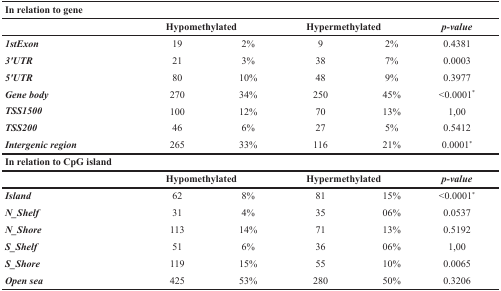
<table><thead><tr><td colspan="6"><b>In relation to gene</b></td></tr><tr><td></td><td colspan="2"><b>Hypomethylated</b></td><td colspan="2"><b>Hypermethylated</b></td><td><b><i>p-value</i></b></td></tr></thead><tbody><tr><td><b><i>1stExon</i></b></td><td>19</td><td>2%</td><td>9</td><td>2%</td><td>0.4381</td></tr><tr><td><b><i>3&#x27;UTR</i></b></td><td>21</td><td>3%</td><td>38</td><td>7%</td><td>0.0003</td></tr><tr><td><b><i>5&#x27;UTR</i></b></td><td>80</td><td>10%</td><td>48</td><td>9%</td><td>0.3977</td></tr><tr><td><b><i>Gene body</i></b></td><td>270</td><td>34%</td><td>250</td><td>45%</td><td>&lt;0.0001<sup>*</sup></td></tr><tr><td><b><i>TSS1500</i></b></td><td>100</td><td>12%</td><td>70</td><td>13%</td><td>1,00</td></tr><tr><td><b><i>TSS200</i></b></td><td>46</td><td>6%</td><td>27</td><td>5%</td><td>0.5412</td></tr><tr><td><b><i>Intergenic region</i></b></td><td>265</td><td>33%</td><td>116</td><td>21%</td><td>0.0001<sup>*</sup></td></tr><tr><td colspan="6"><b>In relation to CpG island</b></td></tr><tr><td> </td><td colspan="2"><b>Hypomethylated</b></td><td colspan="2"><b>Hypermethylated</b></td><td><b><i>p-value</i></b></td></tr><tr><td><b><i>Island</i></b></td><td>62</td><td>8%</td><td>81</td><td>15%</td><td>&lt;0.0001<sup>*</sup></td></tr><tr><td><b><i>N_Shelf</i></b></td><td>31</td><td>4%</td><td>35</td><td>06%</td><td>0.0537</td></tr><tr><td><b><i>N_Shore</i></b></td><td>113</td><td>14%</td><td>71</td><td>13%</td><td>0.5192</td></tr><tr><td><b><i>S_Shelf</i></b></td><td>51</td><td>6%</td><td>36</td><td>06%</td><td>1,00</td></tr><tr><td><b><i>S_Shore</i></b></td><td>119</td><td>15%</td><td>55</td><td>10%</td><td>0.0065</td></tr><tr><td><b><i>Open sea</i></b></td><td>425</td><td>53%</td><td>280</td><td>50%</td><td>0.3206</td></tr></tbody></table>